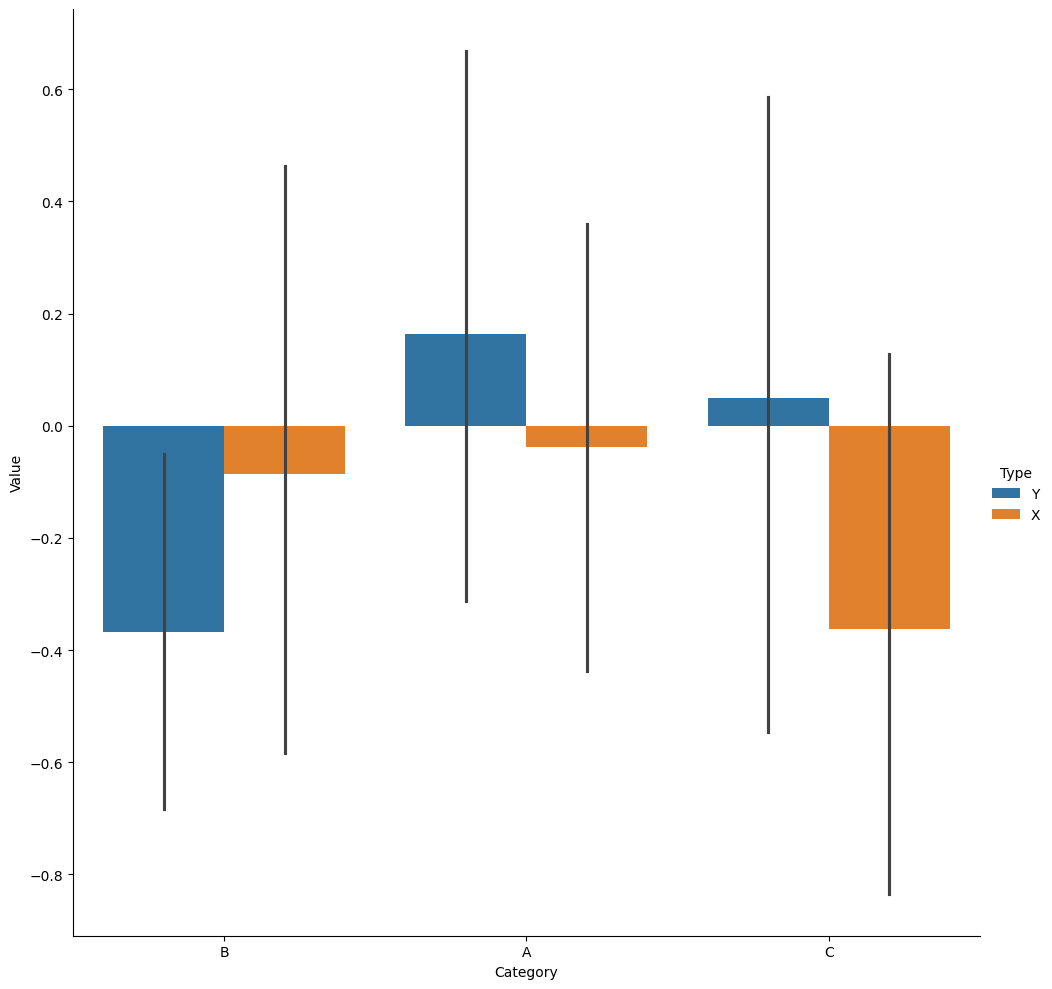
python, seaborn, catplot, kind='bar', height=10, aspect=1